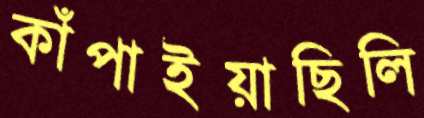
কাঁপাইয়াছিলি